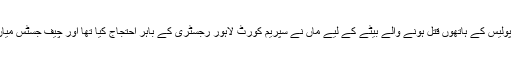
یاد رہے کہ گزشتہ روز سیالکورٹ پولیس کے ہاتھوں قتل ہونے والے بیٹے کے لیے ماں نے سپریم کورٹ لاہور رجسٹری کے باہر احتجاج کیا تھا اور چیف جسٹس میاں ثاقب نثار کی گاڑی روک لی تھی۔